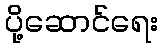
ပို့ဆောင်ရေး